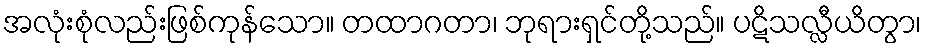
အလုံးစုံလည်းဖြစ်ကုန်သော။ တထာဂတာ၊ ဘုရားရှင်တို့သည်။ ပဋိသလ္လီယိတွာ၊